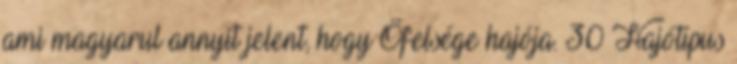
ami magyarul annyit jelent, hogy Őfelsége hajója. 30 Hajótípus